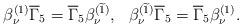
LaTeX: \begin{align*}\beta _\nu^{(1)}\overline{\Gamma }_5=\overline{\Gamma }_5 \beta _\nu^{(\widetilde{1})} ,~~\beta _\nu^{(\widetilde{1})}\overline{\Gamma }_5=\overline{\Gamma }_5 \beta_\nu ^{(1)} . \end{align*}